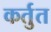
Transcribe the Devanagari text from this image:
कर्तुत